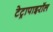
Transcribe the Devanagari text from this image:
टेट्रापाइरॉल